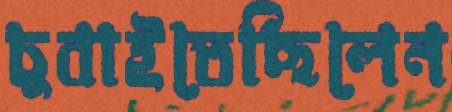
চুবাইতেছিলেন